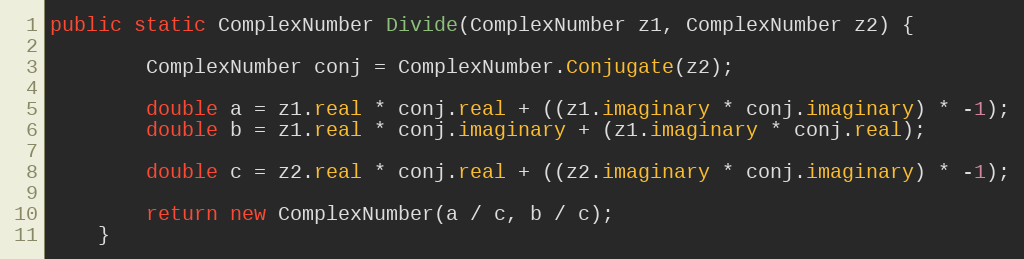
Language: Java
public static ComplexNumber Divide(ComplexNumber z1, ComplexNumber z2) {

        ComplexNumber conj = ComplexNumber.Conjugate(z2);

        double a = z1.real * conj.real + ((z1.imaginary * conj.imaginary) * -1);
        double b = z1.real * conj.imaginary + (z1.imaginary * conj.real);

        double c = z2.real * conj.real + ((z2.imaginary * conj.imaginary) * -1);

        return new ComplexNumber(a / c, b / c);
    }